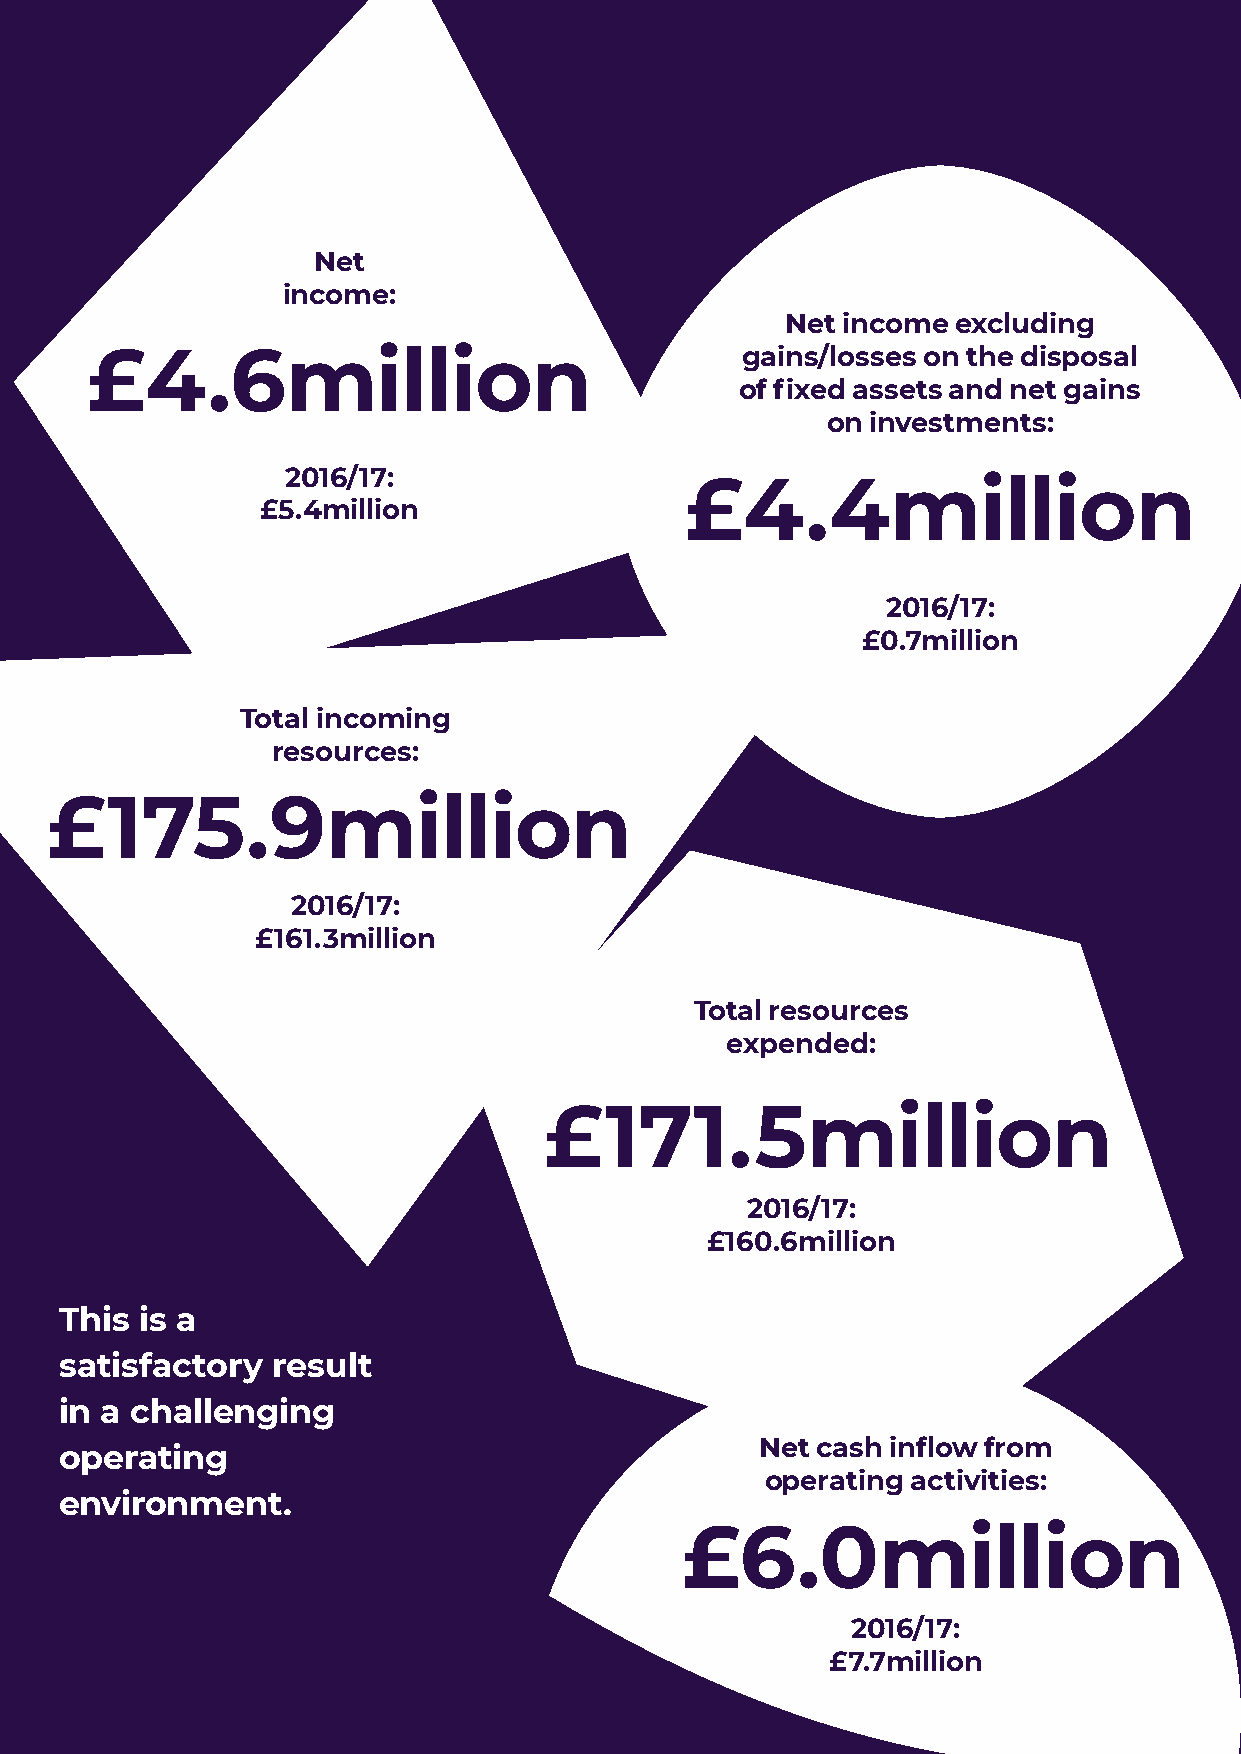
Net
 income:
 Net income excluding
 £4.6million                                gains/losses on the disposal
 of fixed assets and net gains
 on investments:
 2016/17:
 £4.4million
 £5.4million
 2016/17:
 £0.7million
 Total incoming
 resources:
 £175.9million
 2016/17:
 £161.3million
 Total resources
 expended:
 £171.5million
 2016/17:
 £160.6million
 This is a
 satisfactory  result
 in a challenging
 Net cash inflow from
 operating
 operating activities:
 environment.
 £6.0million
 2016/17:
 £7.7million